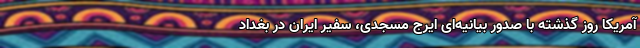
آمریکا روز گذشته با صدور بیانیه‌ای ایرج مسجدی، سفیر ایران در بغداد